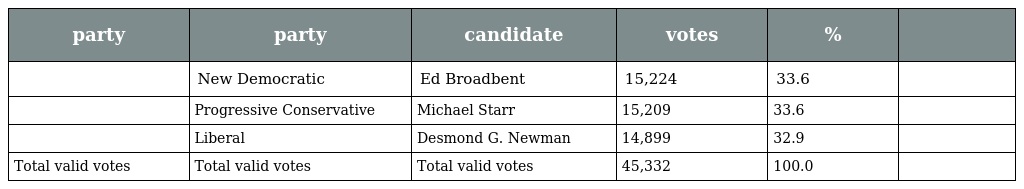
| party | party | candidate | votes | % |  |
 | --- | --- | --- | --- | --- | --- |
 |  | New Democratic | Ed Broadbent | 15,224 | 33.6 |  |
 |  | Progressive Conservative | Michael Starr | 15,209 | 33.6 |  |
 |  | Liberal | Desmond G. Newman | 14,899 | 32.9 |  |
 | Total valid votes | Total valid votes | Total valid votes | 45,332 | 100.0 |  |